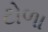
ટોળા